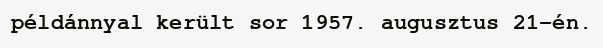
példánnyal került sor 1957. augusztus 21-én.